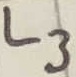
Text: L3